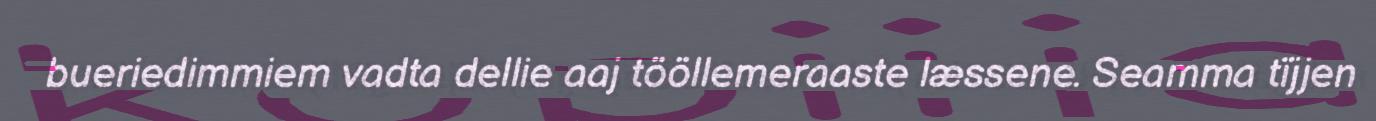
bueriedimmiem vadta dellie aaj tööllemeraaste læssene. Seamma tïjjen